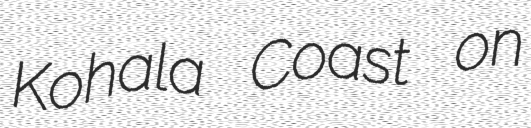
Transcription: Kohala Coast on